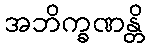
အဘိက္ခဏန္တိ